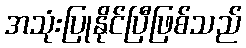
အသုံးပြုနိုင်ပြီဖြစ်သည်